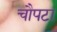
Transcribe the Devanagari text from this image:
चौपटा